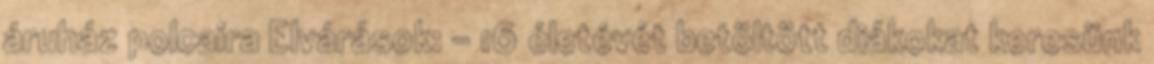
áruház polcaira Elvárások: - 16 életévét betöltött diákokat keresünk